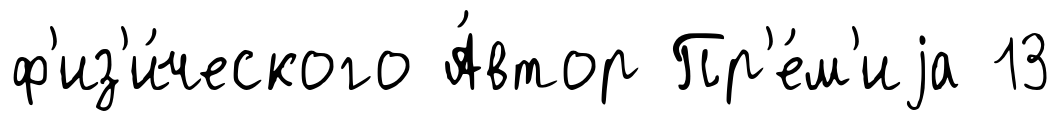
ф'из'и́ческого А́втор Пр'е́м'иjа 13